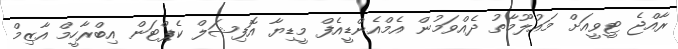
ރާއްޖެ ޓީވީއަށް މައުލޫމާތު ދެއްވަމުން އެމްއެންޑީއެފް މީޑިޔާ އޮފިޝަލް ކެޕްޓަން އިބްރާހީމް އާޒިމް